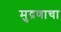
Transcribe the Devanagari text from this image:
मुद्रणाचा